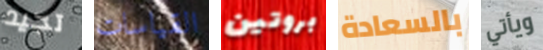
تجيد القياسات بروتين بالسعادة ويأتي